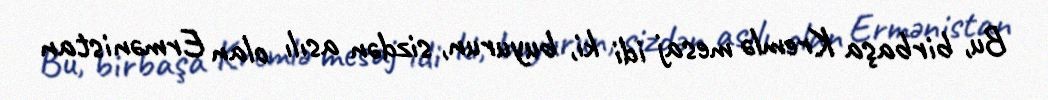
Bu, birbaşa Kremlə mesaj idi ki, buyurun, sizdən asılı olan Ermənistan